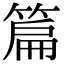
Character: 篇